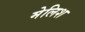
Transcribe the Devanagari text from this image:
मेलिश